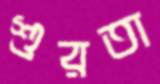
শুরতা